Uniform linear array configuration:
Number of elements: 8
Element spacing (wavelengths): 0.25
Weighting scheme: cosine
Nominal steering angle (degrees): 45
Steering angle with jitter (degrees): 45.362
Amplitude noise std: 0.05
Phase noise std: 0.05

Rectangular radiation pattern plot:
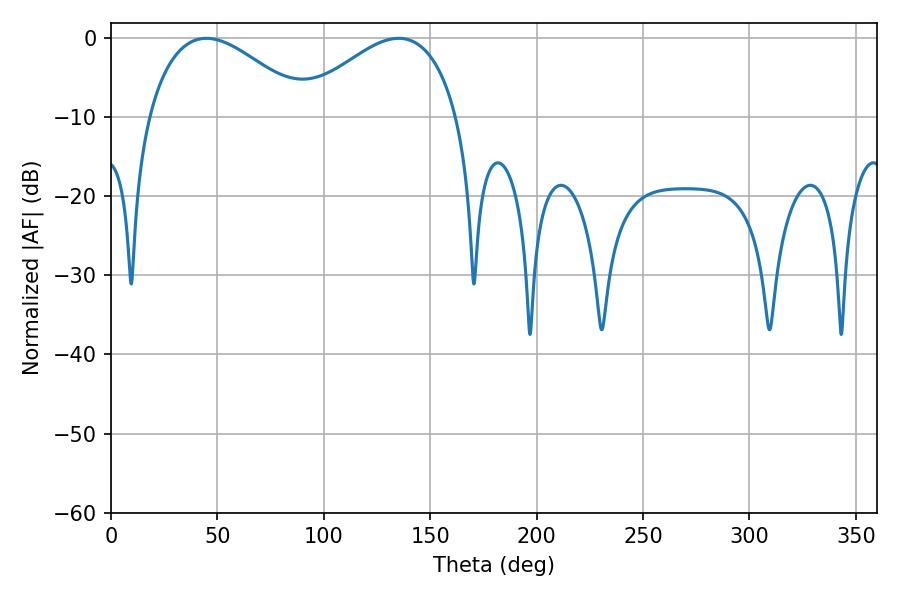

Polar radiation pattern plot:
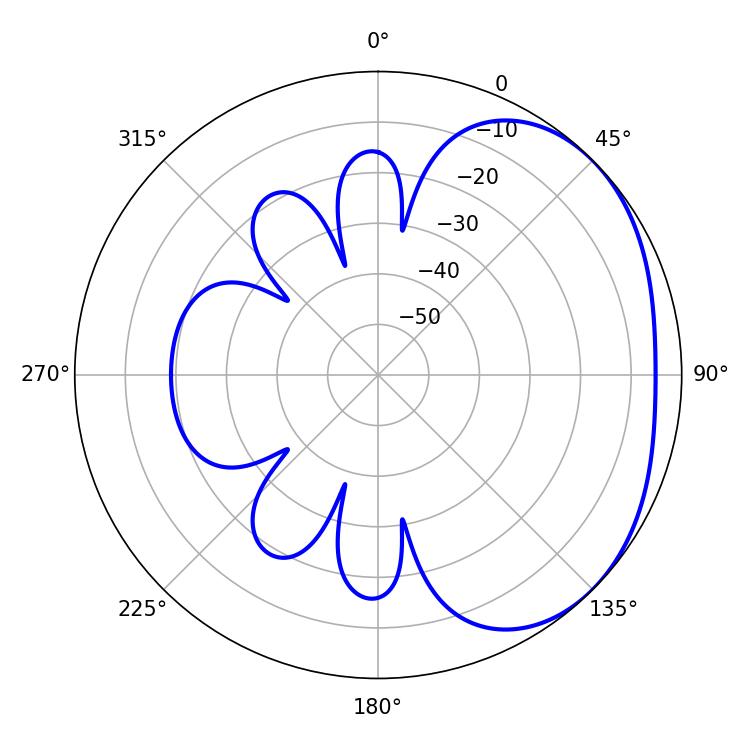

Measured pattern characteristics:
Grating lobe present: FALSE
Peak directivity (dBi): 2.49
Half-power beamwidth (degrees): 41.04
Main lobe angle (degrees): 44.82